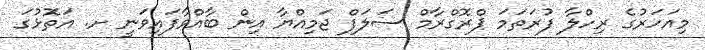
މިއަހަރުގެ ރިހްލާ ފުރަތަމަ ޕްރޮގްރާމް ސަލަފް ޖަމިއްޔާ އިން ބާއްވާފައިވަނީ ށ. އަތޮޅުގަ